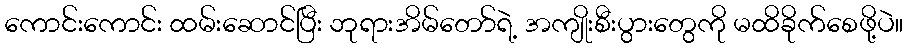
ကောင်းကောင်း ထမ်းဆောင်ပြီး ဘုရားအိမ်တော်ရဲ့ အကျိုးစီးပွားတွေကို မထိခိုက်စေဖို့ပဲ။